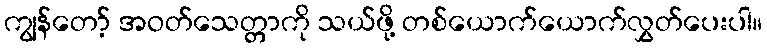
ကျွန်တော့် အဝတ်သေတ္တာကို သယ်ဖို့ တစ်ယောက်ယောက်လွှတ်ပေးပါ။